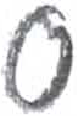
אות: ס